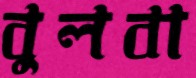
বুলবা